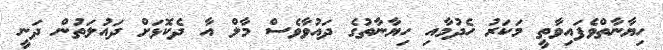
ހިޔާނާތްވެފައިވާތީ މަކަރު ހެދުމާއި ހިޔާނާތުގެ ދައުވާވެސް މާލް އާ ދެކޮޅަށް ދައުލަތުން ދަނީ